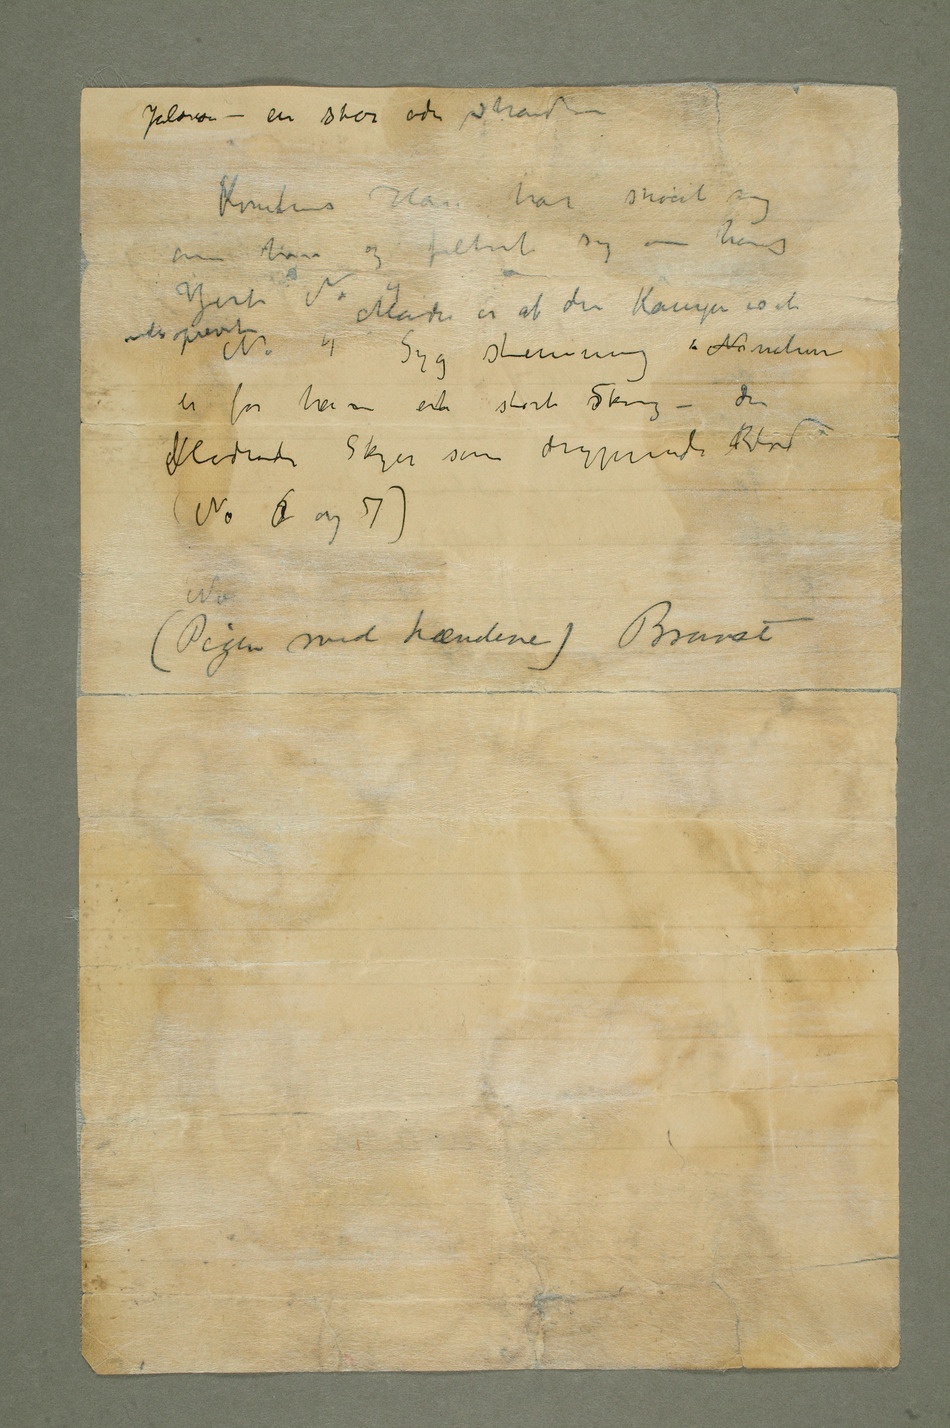
om ham og filtret sig om hans
sindsoprevet No 4Syg stemning i N naturen
er for ham ent stort sSkrig – der
blodrøde Skyer som dryppende Blod